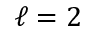
\ell = 2